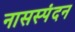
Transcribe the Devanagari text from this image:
नासस्पंदन